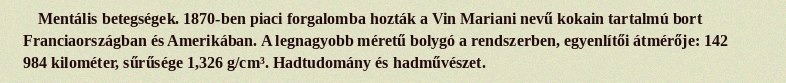
Mentális betegségek. 1870-ben piaci forgalomba hozták a Vin Mariani nevű kokain tartalmú bort Franciaországban és Amerikában. A legnagyobb méretű bolygó a rendszerben, egyenlítői átmérője: 142 984 kilométer, sűrűsége 1,326 g/cm³. Hadtudomány és hadművészet.